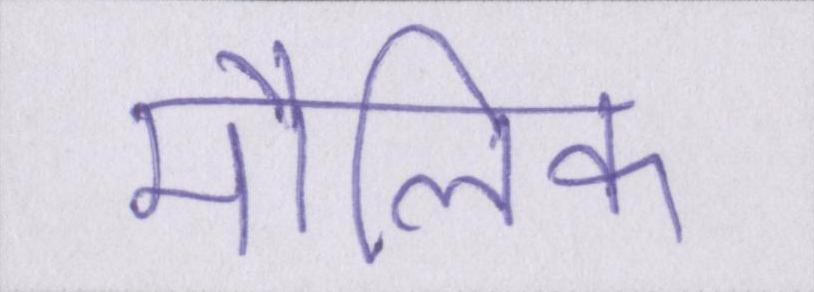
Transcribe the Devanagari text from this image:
मौलिक